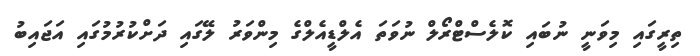
ތިރީގައި މިވަނީ ނުބައި ކޮލެސްޓްރޯލް ނުވަތަ އެލްޑީއެލްގެ މިންވަރު ލޭގައި ދަށްކުރުމުގައި އަޖައިބު